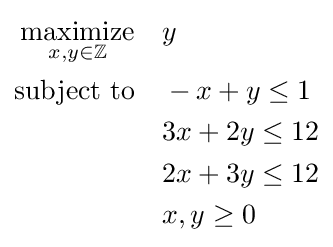
{\begin{aligned}{\underset {x,y\in \mathbb {Z} }{\text{maximize}}}\quad &y\\{\text{subject to}}\quad &-x+y\leq 1\\&3x+2y\leq 12\\&2x+3y\leq 12\\&x,y\geq 0\end{aligned}}